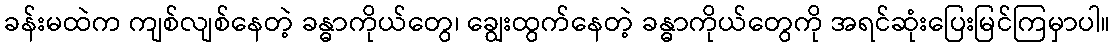
ခန်းမထဲက ကျစ်လျစ်နေတဲ့ ခန္ဓာကိုယ်တွေ၊ ချွေးထွက်နေတဲ့ ခန္ဓာကိုယ်တွေကို အရင်ဆုံးပြေးမြင်ကြမှာပါ။